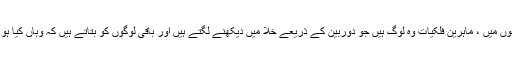
آسان لفظوں میں ، ماہرین فلکیات وہ لوگ ہیں جو دوربین کے ذریعے خلا میں دیکھنے لگتے ہیں اور باقی لوگوں کو بتاتے ہیں کہ وہاں کیا ہو رہا ہے۔